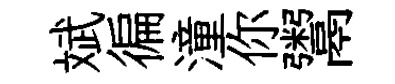
斌徧潼你鬻